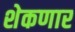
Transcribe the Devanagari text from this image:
शेकणार